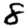
Digit: 8